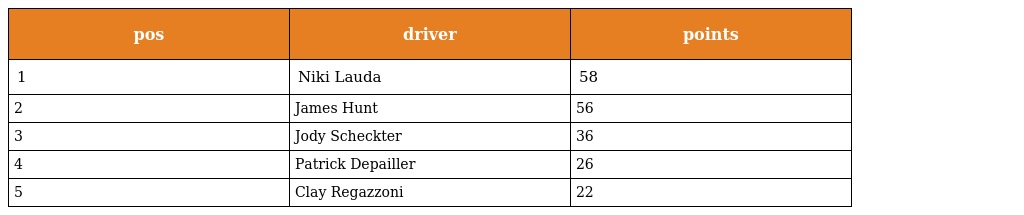
| pos | driver | points |
 | --- | --- | --- |
 | 1 | Niki Lauda | 58 |
 | 2 | James Hunt | 56 |
 | 3 | Jody Scheckter | 36 |
 | 4 | Patrick Depailler | 26 |
 | 5 | Clay Regazzoni | 22 |